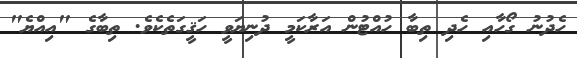
ހެދުނު ގޯހާއި ހެދި ތިބާ ހުއްޓުން އަރާކަމީ ދުނިޔަވީ ހަޤީގަތެކެވެ. ތިބާގެ "އިއްޔެ"